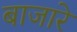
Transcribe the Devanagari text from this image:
बाजारे